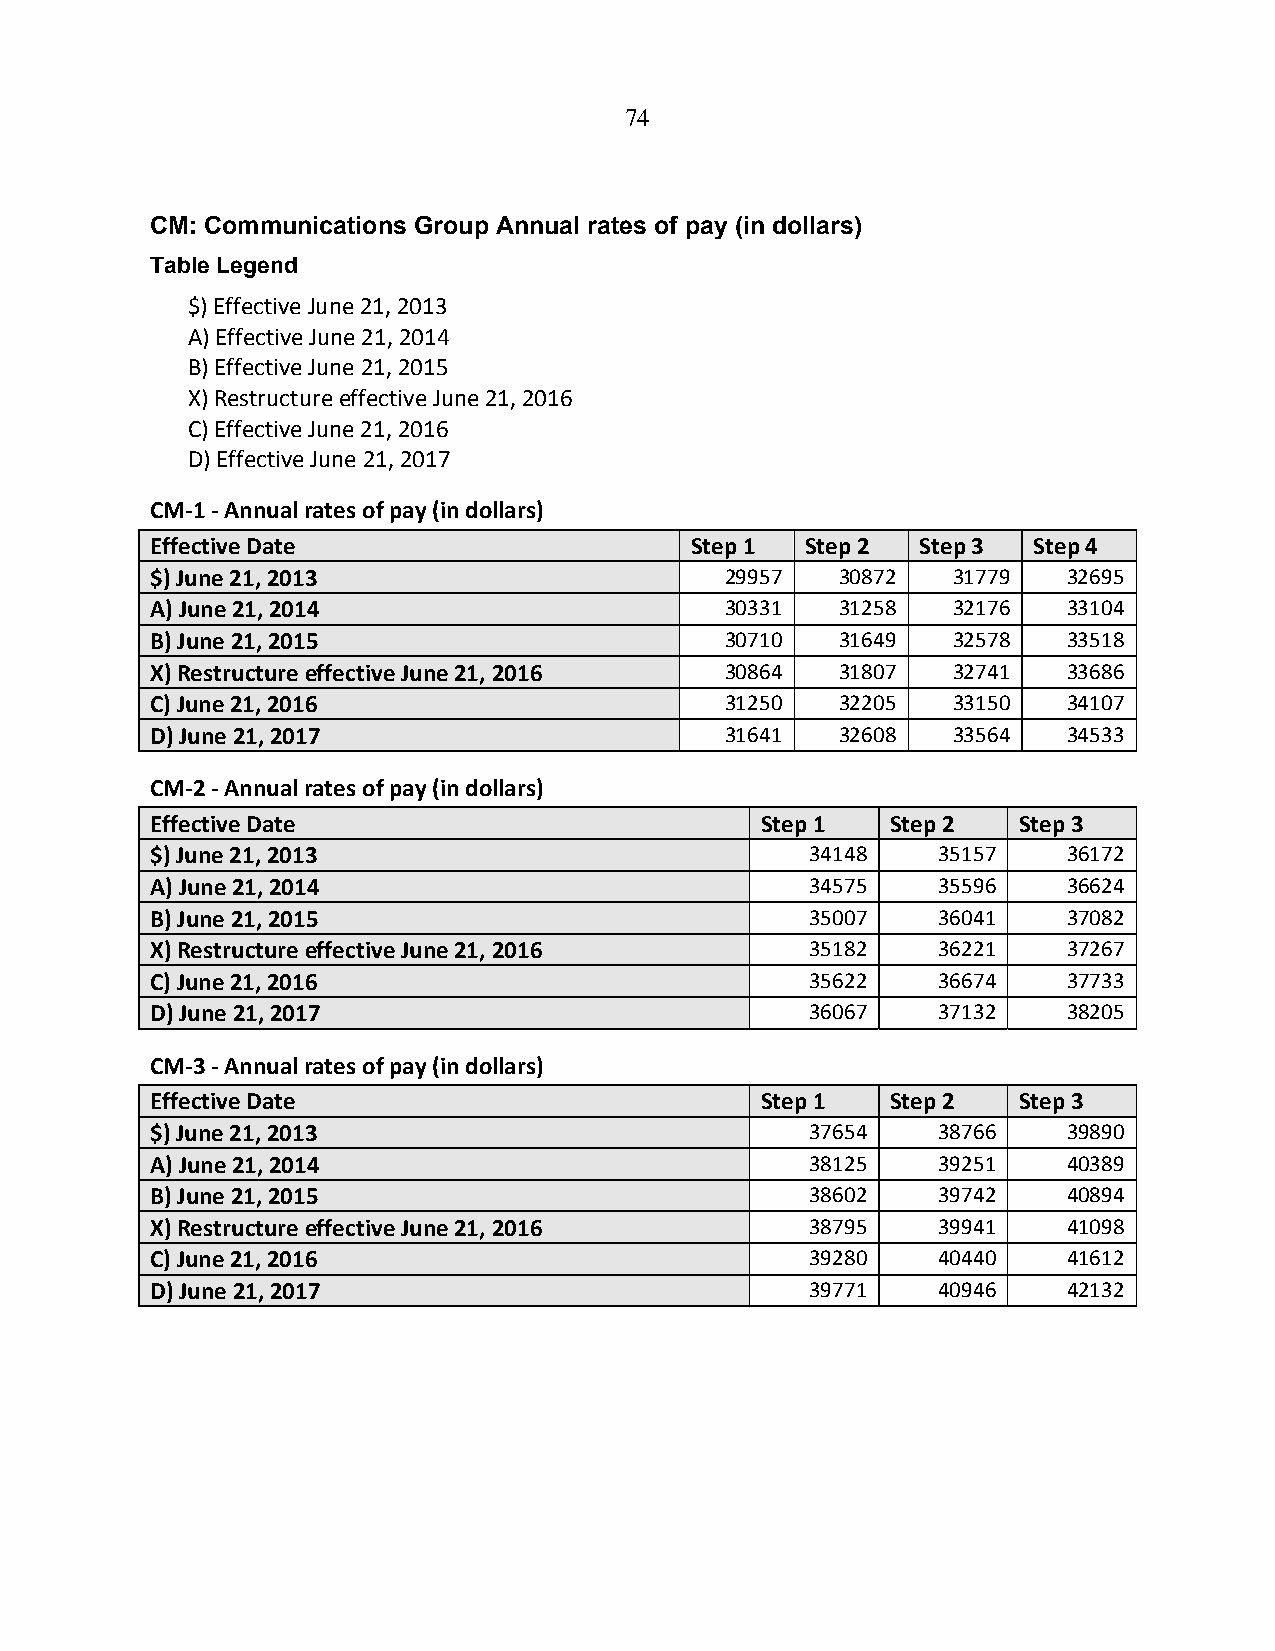
74
 CM: Communications Group Annual rates of pay (in dollars)
 Table Legend
 $) Effective June 21, 2013
 A) Effective June 21, 2014
 B) Effective June 21, 2015
 X) Restructure effective June 21, 2016
 C) Effective June 21, 2016
 D) Effective June 21, 2017
 CM‐1 ‐ Annual rates of pay (in dollars)
 Effective Date                      Step 1 Step 2  Step 3 Step 4
 $) June 21, 2013                      29957   30872  31779   32695
 A) June 21, 2014                      30331   31258  32176   33104
 B) June 21, 2015                      30710   31649  32578   33518
 X) Restructure effective June 21, 2016 30864  31807  32741   33686
 C) June 21, 2016                      31250   32205  33150   34107
 D) June 21, 2017                      31641   32608  33564   34533
 CM‐2 ‐ Annual rates of pay (in dollars)
 Effective Date                          Step 1   Step 2  Step 3
 $) June 21, 2013                            34148   35157    36172
 A) June 21, 2014                            34575   35596    36624
 B) June 21, 2015                            35007   36041    37082
 X) Restructure effective June 21, 2016      35182   36221    37267
 C) June 21, 2016                            35622   36674    37733
 D) June 21, 2017                            36067   37132    38205
 CM‐3 ‐ Annual rates of pay (in dollars)
 Effective Date                          Step 1   Step 2  Step 3
 $) June 21, 2013                            37654   38766    39890
 A) June 21, 2014                            38125   39251    40389
 B) June 21, 2015                            38602   39742    40894
 X) Restructure effective June 21, 2016      38795   39941    41098
 C) June 21, 2016                            39280   40440    41612
 D) June 21, 2017                            39771   40946    42132